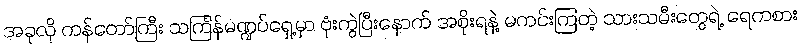
အခုလို ကန်တော်ကြီး သင်္ကြန်မဏ္ဍပ်ရှေ့မှာ ဗုံးကွဲပြီးနောက် အစိုးရနဲ့ မကင်းကြတဲ့ သားသမီးတွေရဲ့ ရေကစား